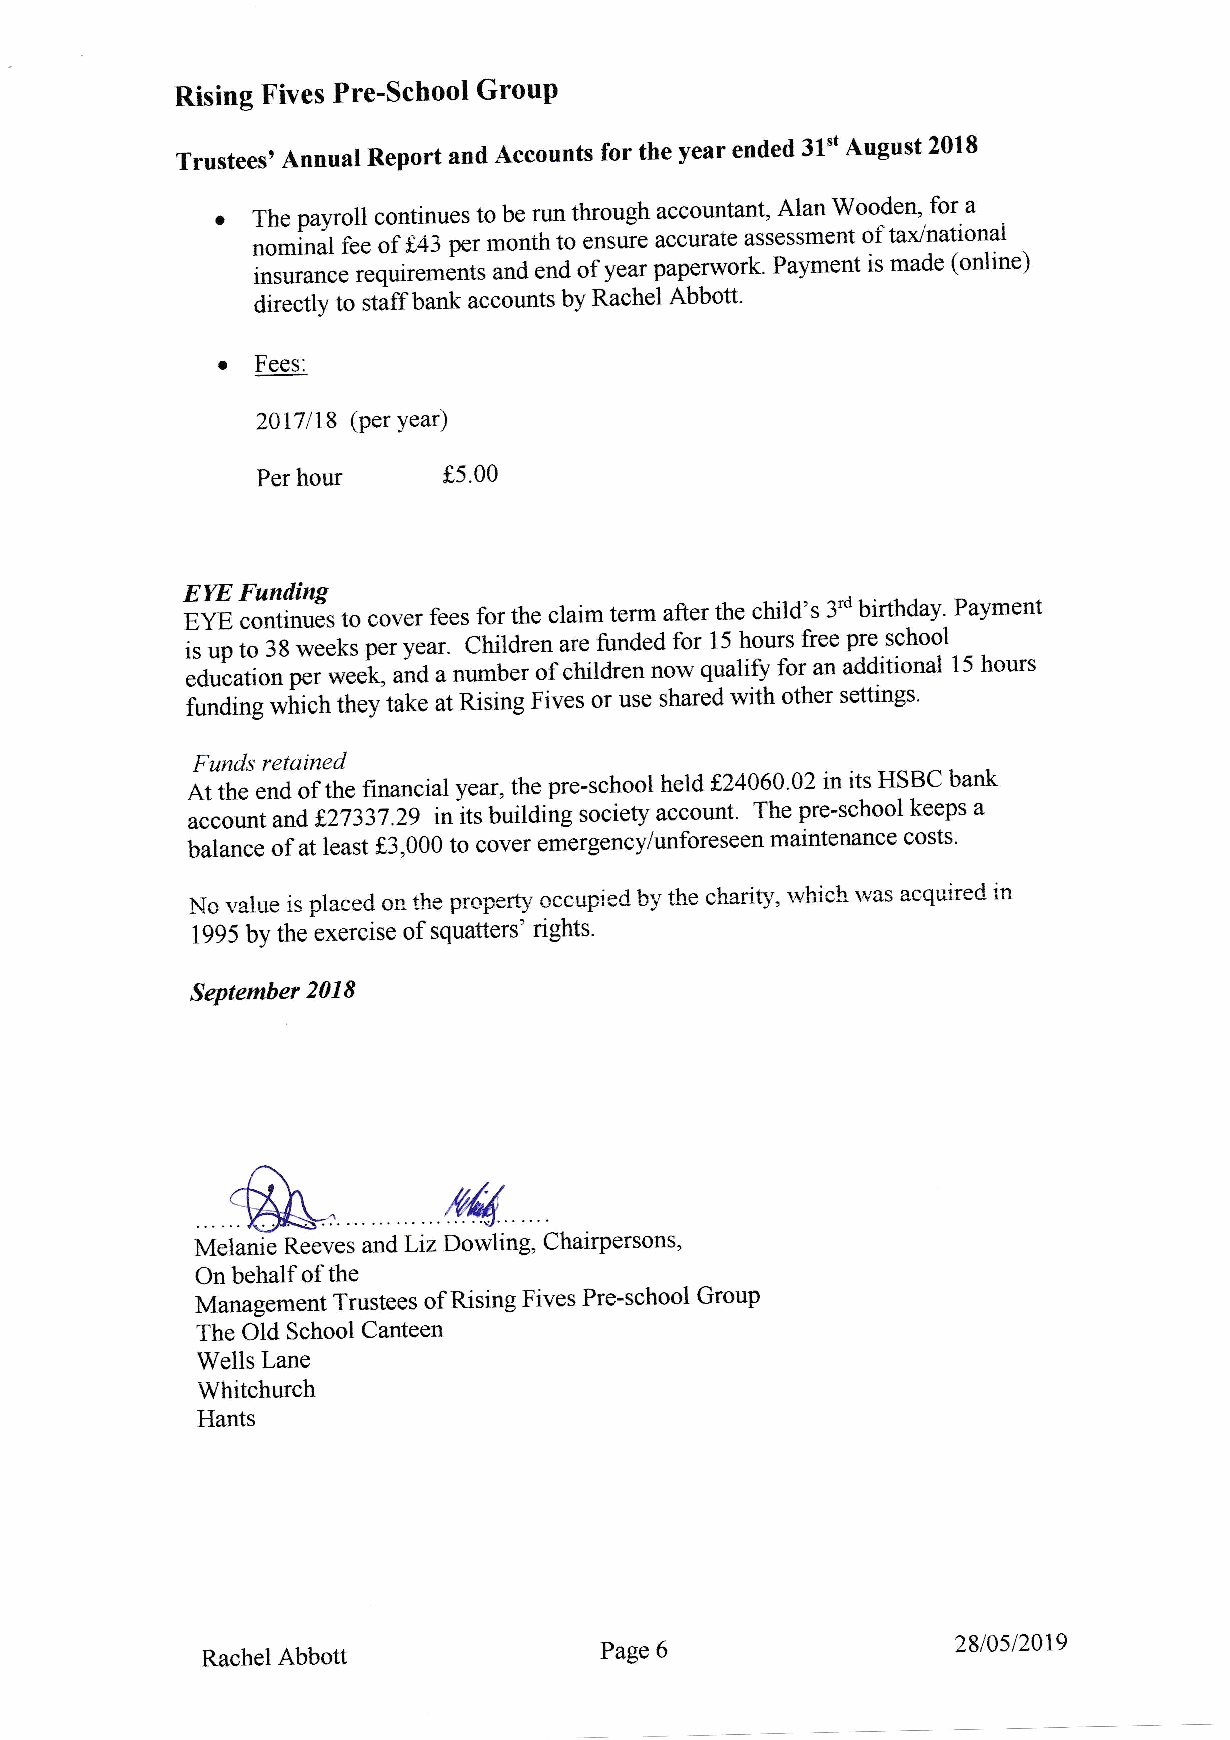
Rising Fives Pre-school GrouP
 Trustees, Annual Report and Accounts for the year ended 31*t August 2018
 r  The payroll continues to be run through accourtant, Alao Wooden, for a
 nominal r"" oii+: per month to ensure accurate assessmeilt of taxlnational
 insurance r"q,rit"*"rts and end of year paperwork' Payment is made (online)
 directly to staffbank accounts by Rachel Abbott'
 r
 Fees:
 2017118 (Per Year)
 Per hour    f,5.00
 EYE Funding
 EYE continues to cover fees for the claim term after the child's 3'd birthday' Payment
 is up to 38 weeks per year. Children-are funded for 15 hours free pre school
 education p", *e"i, unO u number of children now qualifi for an additional 15 hI ours
 funding *t i.tr they take at Rising Fives or use shared with other settings'
 Funds retained
 At the end of the financial year, the pre-school held f24060'02 in its HSBC bank
 account and f27337.29 inits building society account. The pre-school keeps a
 balance of at least f,3,000 to cover emergencylunforeseen maintenance costs'
 lrlc r.,alue is placed. on the prcperg, cccupiec b5' the charitl'. r".'hich *'as acquired in
 1995 by the exercise ofsquatters' rights'
 September 2018
 On behalf of the
 Management Trustees of Rising Fives Pre-school Group
 The Old School Canteen
 Wells Lane
 Whitchurch
 Hants
 Rachel Abbott              Page 6                 2810s12019